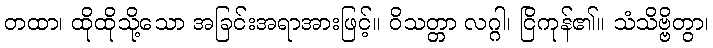
တထာ၊ ထိုထိုသို့သော အခြင်းအရာအားဖြင့်။ ဝိသတ္တာ လဂ္ဂါ၊ ငြိကုန်၏။ သံသိဗ္ဗိတွာ၊